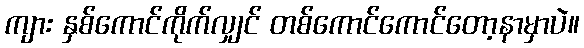
ကျား နှစ်ကောင်ကိုက်လျှင် တစ်ကောင်ကောင်တော့နာမှာပဲ။